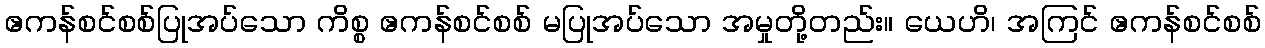
ဧကန်စင်စစ်ပြုအပ်သော ကိစ္စ ဧကန်စင်စစ် မပြုအပ်သော အမှုတို့တည်း။ ယေဟိ၊ အကြင် ဧကန်စင်စစ်